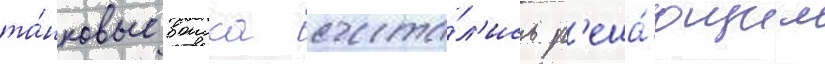
та́нковые воиска счита́л'ись р'еша́ющим